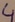
Text: 4